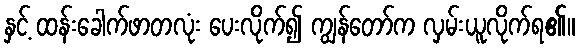
နှင့် ထန်းခေါက်ဖာတလုံး ပေးလိုက်၍ ကျွန်တော်က လှမ်းယူလိုက်ရ၏။